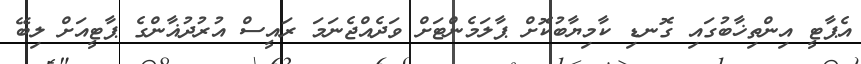
އެޕާޓީ އިންތިޚާބުގައި ގޮނޑި ކާމިޔާބުކޮށް ޕާލަމެންޓަށް ވަދެއްޖެނަމަ ރައީސް އުރުދުޣާންގެ ޕާޓީއަށް ލިބޭ